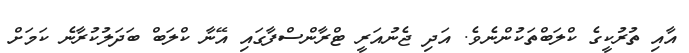
އާއި ތުރުކީގެ ކްލަބްތަކުންނެވެ. އަދި ޖެނުއަރީ ޓްރާންސްފާގައި އޭނާ ކްލަބް ބަދަލުކުރާނެ ކަމަށް